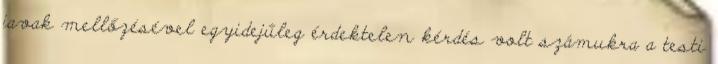
javak mellőzésével egyidejűleg érdektelen kérdés volt számukra a testi